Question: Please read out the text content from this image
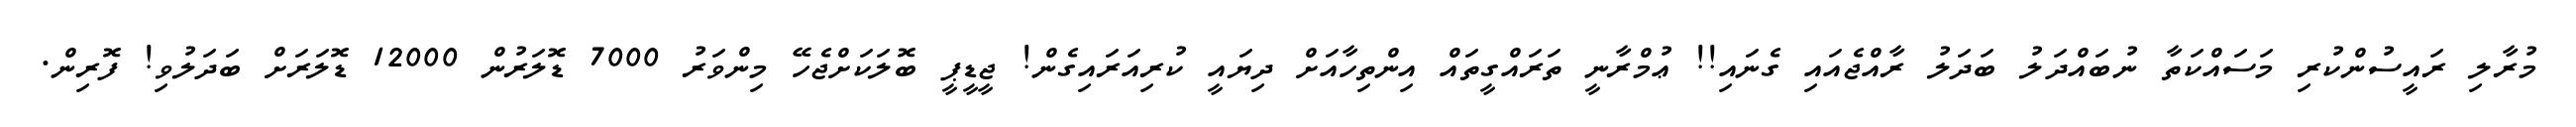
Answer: މުރާލި ރައީސުންކުރި މަސައްކަތާ ނުބައްދަލު ބަދަލު ރާއްޖެއައި ގެނައި!! ޢުމްރާނީ ތަރައްގީތައް އިންތިހާއަށް ދިޔައީ ކުރިއަރައިގެން! ޖީޑީޕީ ބޮލަކަށްޖެހޭ މިންވަރު 7000 ޑޮލަރުން 12000 ޑޮލަރަށް ބަދަލުވި! ފޮރިން.